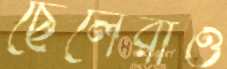
ছেলেরাও